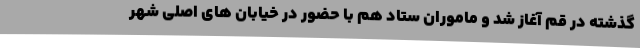
گذشته در قم آغاز شد و ماموران ستاد هم با حضور در خیابان های اصلی شهر